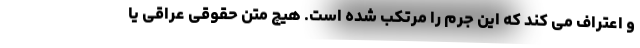
و اعتراف می کند که این جرم را مرتکب شده است. هیچ متن حقوقی عراقی یا